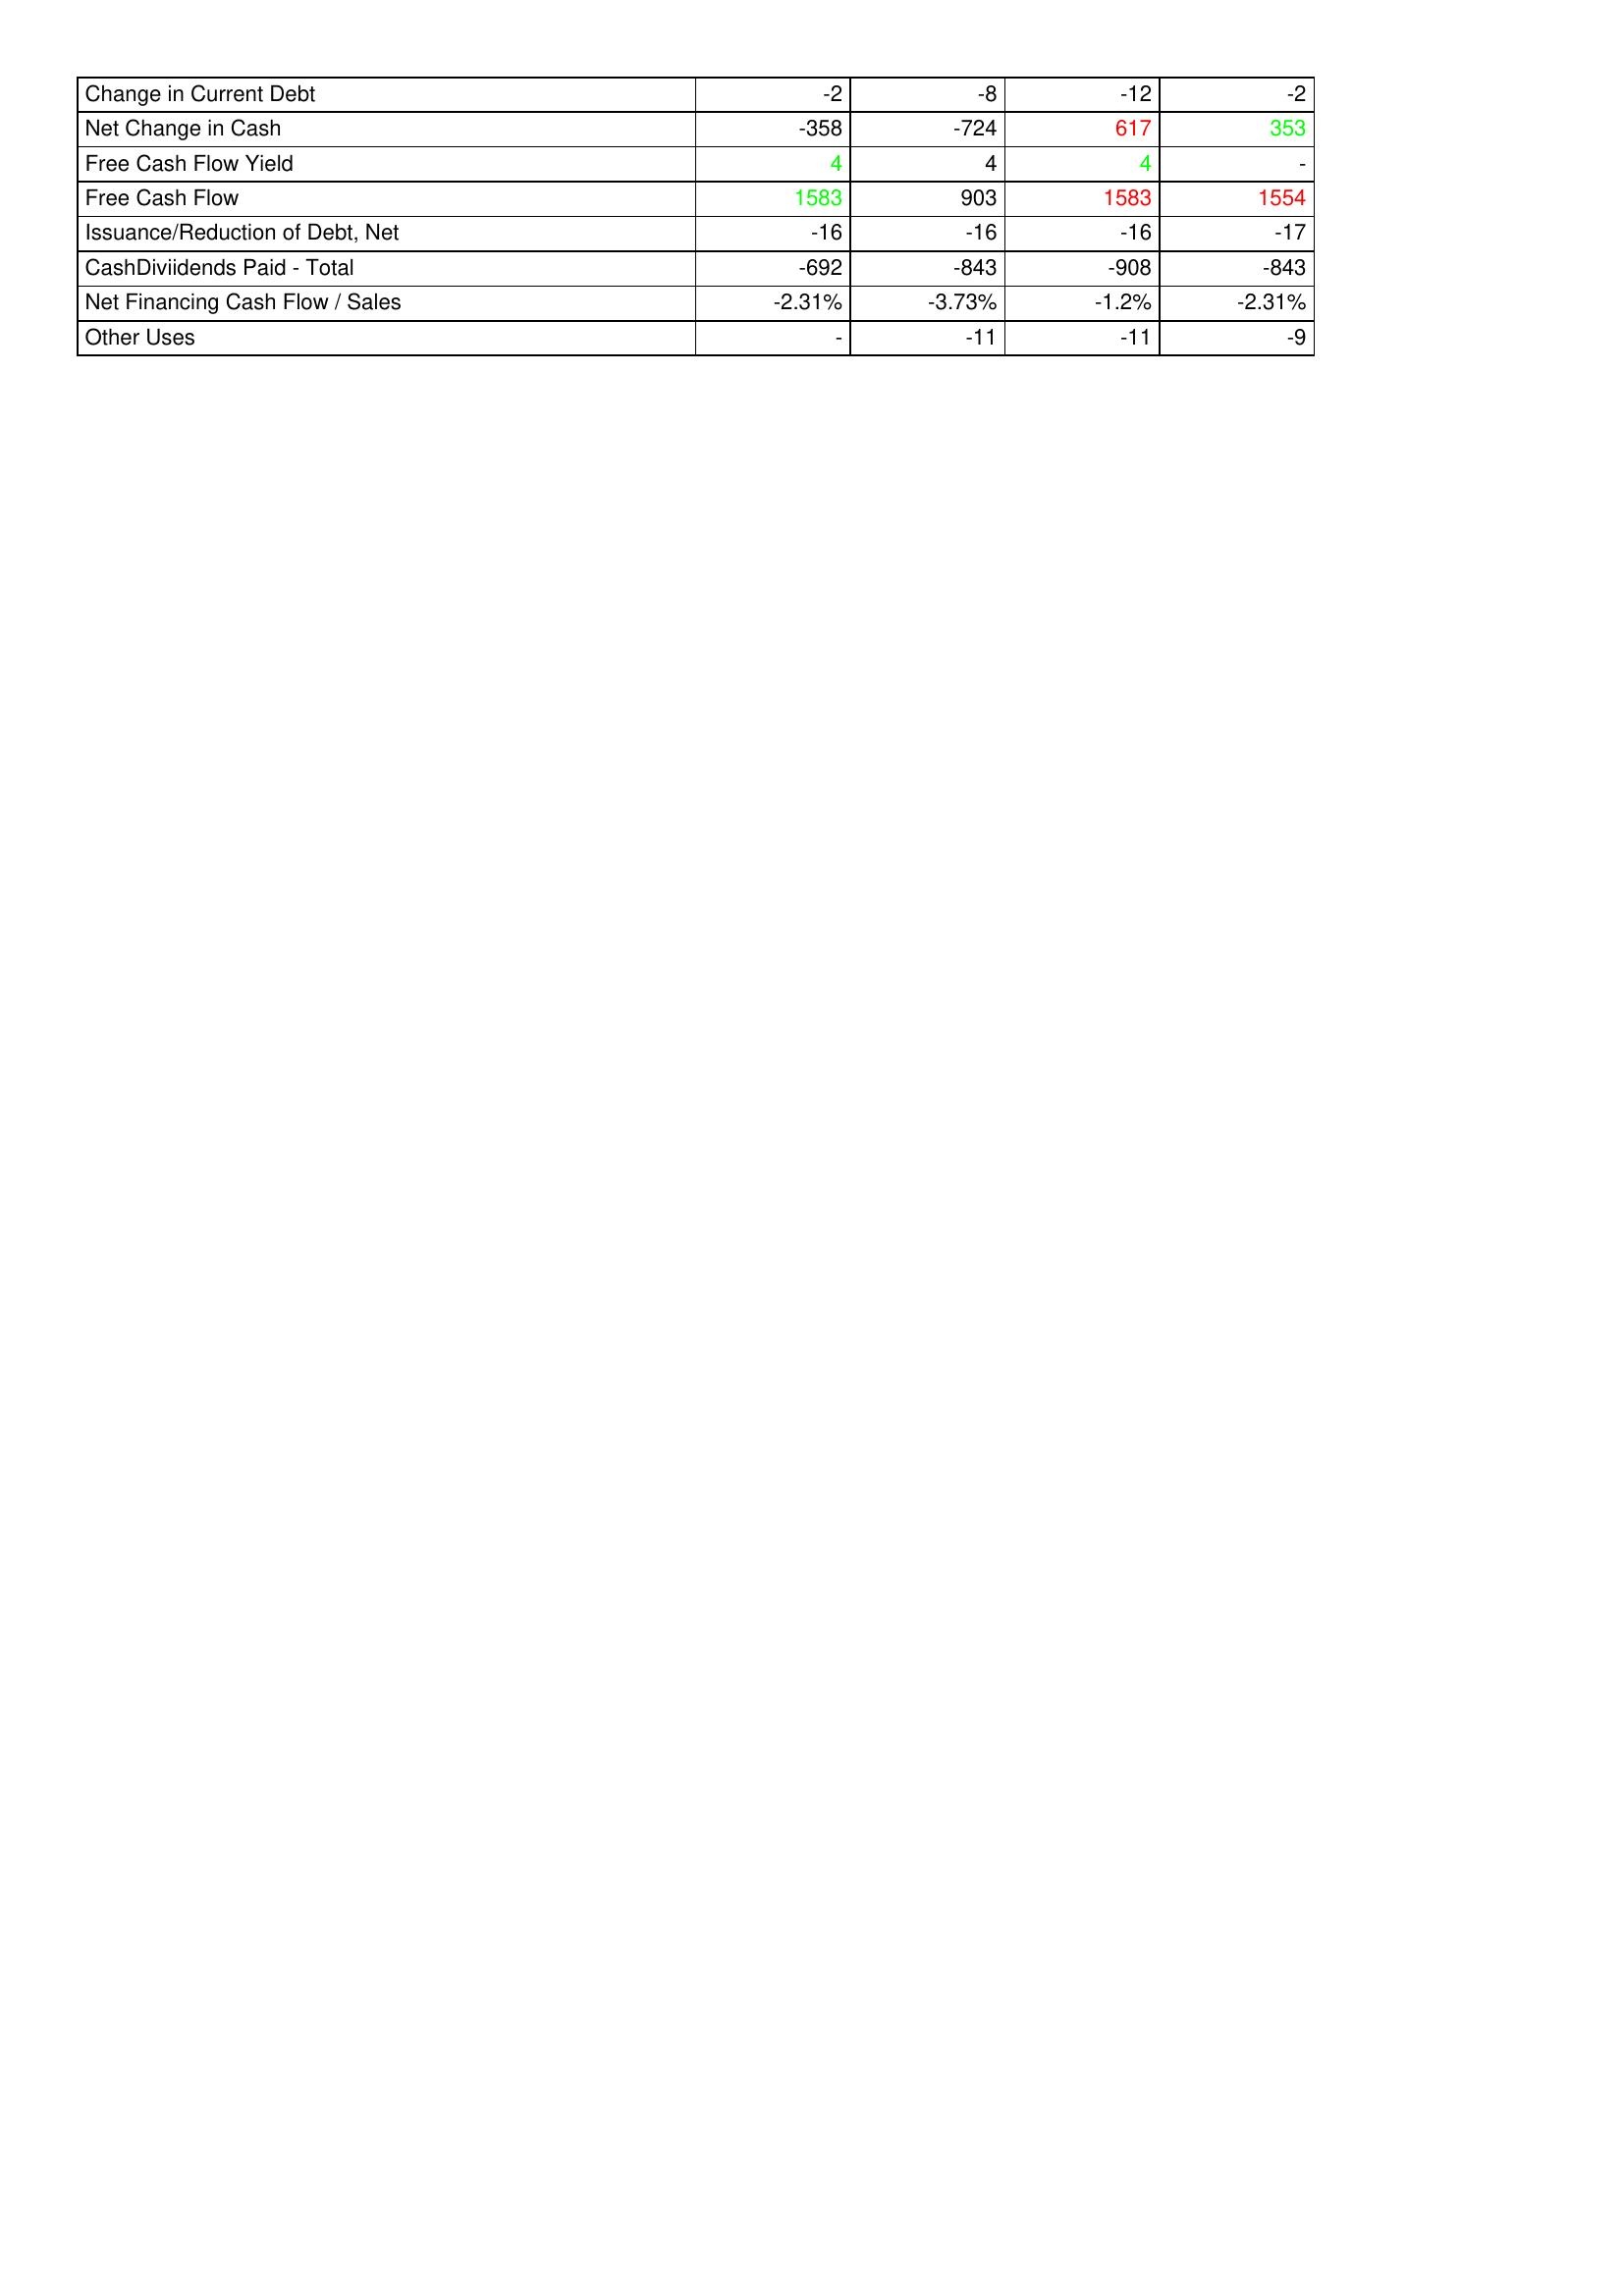
gt_parse: 2015: Financing Activities: Change in Current Debt: -2
Net Change in Cash: -358
Free Cash Flow Yield: 4
Free Cash Flow: 1583
Issuance/Reduction of Debt, Net: -16
CashDiviidends Paid - Total: -692
Net Financing Cash Flow / Sales: -2.31%
Other Uses: -
2016: Financing Activities: Change in Current Debt: -8
Net Change in Cash: -724
Free Cash Flow Yield: 4
Free Cash Flow: 903
Issuance/Reduction of Debt, Net: -16
CashDiviidends Paid - Total: -843
Net Financing Cash Flow / Sales: -3.73%
Other Uses: -11
2017: Financing Activities: Change in Current Debt: -12
Net Change in Cash: 617
Free Cash Flow Yield: 4
Free Cash Flow: 1583
Issuance/Reduction of Debt, Net: -16
CashDiviidends Paid - Total: -908
Net Financing Cash Flow / Sales: -1.2%
Other Uses: -11
2018: Financing Activities: Change in Current Debt: -2
Net Change in Cash: 353
Free Cash Flow Yield: -
Free Cash Flow: 1554
Issuance/Reduction of Debt, Net: -17
CashDiviidends Paid - Total: -843
Net Financing Cash Flow / Sales: -2.31%
Other Uses: -9